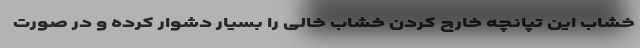
خشاب این تپانچه خارج کردن خشاب خالی را بسیار دشوار کرده و در صورت